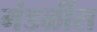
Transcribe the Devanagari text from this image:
मंडळींस